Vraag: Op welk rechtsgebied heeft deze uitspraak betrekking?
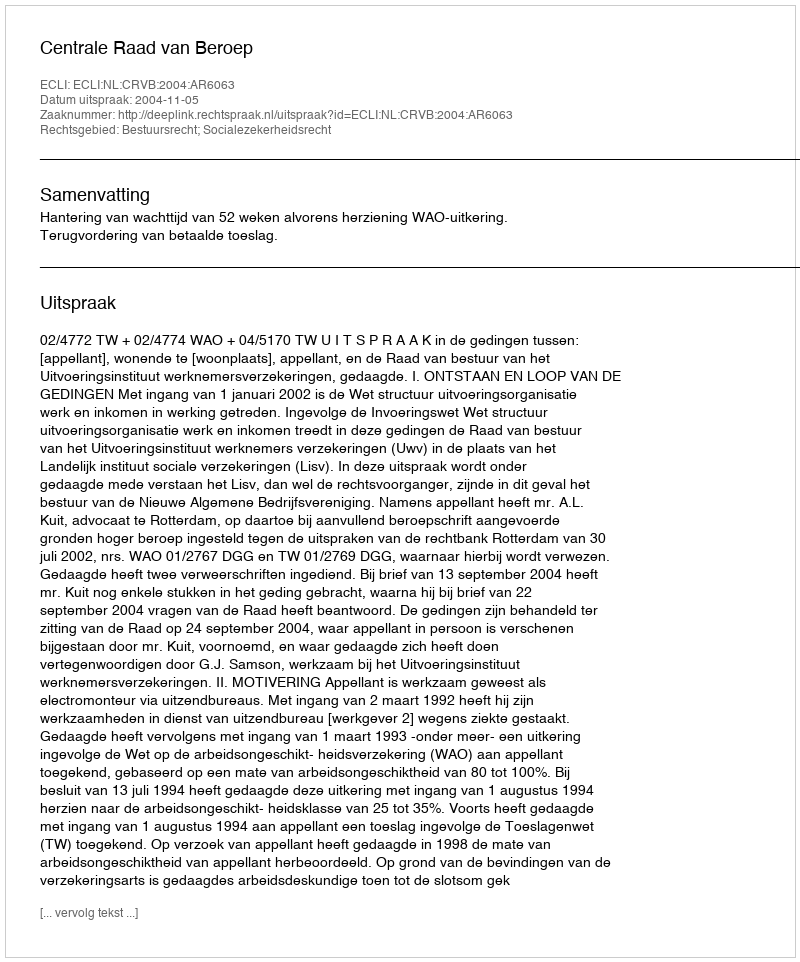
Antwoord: Bestuursrecht; Socialezekerheidsrecht